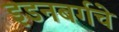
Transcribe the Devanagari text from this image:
इडनबर्गचे